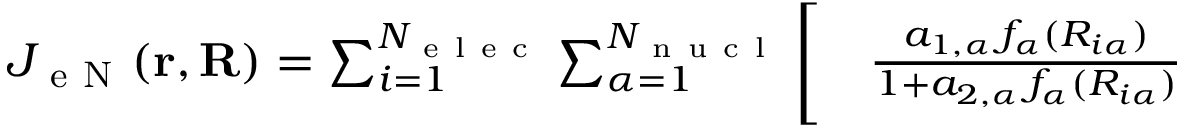
\begin{array} { r l } { J _ { \mathrm { ~ e ~ N ~ } } ( \mathbf { r } , \mathbf { R } ) = \sum _ { i = 1 } ^ { N _ { \mathrm { ~ e ~ l ~ e ~ c ~ } } } \sum _ { \alpha = 1 } ^ { N _ { \mathrm { ~ n ~ u ~ c ~ l ~ } } } \Bigg [ } & { { } \frac { a _ { 1 , \alpha } \, f _ { \alpha } ( R _ { i \alpha } ) } { 1 + a _ { 2 , \alpha } \, f _ { \alpha } ( R _ { i \alpha } ) } } \end{array}